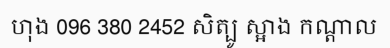
ហុង 096 380 2452 សិត្បូ ស្អាង កណ្តាល